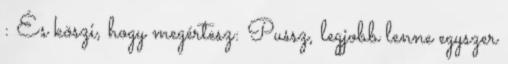
: És köszi, hogy megértesz: Pussz, legjobb lenne egyszer